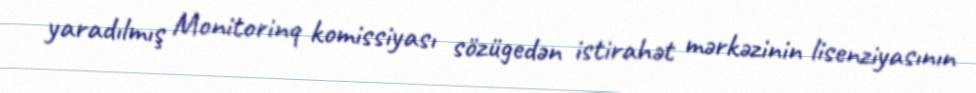
yaradılmış Monitorinq komissiyası sözügedən istirahət mərkəzinin lisenziyasının